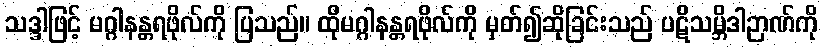
သဒ္ဒါဖြင့် မဂ္ဂါနန္တရဖိုလ်ကို ပြသည်။ ထိုမဂ္ဂါနန္တရဖိုလ်ကို မှတ်၍ဆိုခြင်းသည် ပဋိသမ္ဘိဒါဉာဏ်ကို